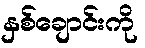
နှစ်ချောင်းကို